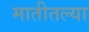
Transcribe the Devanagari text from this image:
मातीतल्या